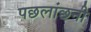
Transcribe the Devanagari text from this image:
पछलांछनी